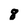
Character: 8